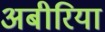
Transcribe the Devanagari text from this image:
अबीरिया